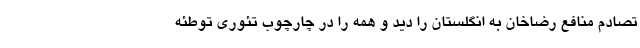
تصادم منافع رضاخان به انگلستان را دید و همه را در چارچوب تئوری توطئه